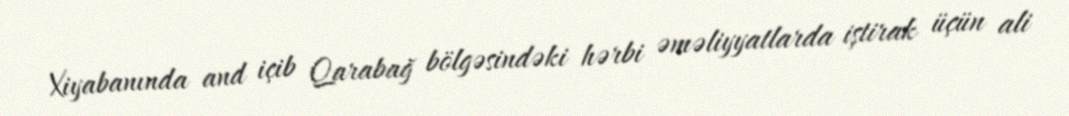
Xiyabanında and içib Qarabağ bölgəsindəki hərbi əməliyyatlarda iştirak üçün ali